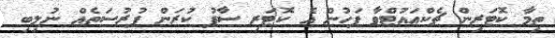
ތިމާ ކޮޓަރިން ޗެކްއައުޓްވާ ފަހުން އެ ކޮޓަރި ސާފު ކުރަން ފުރުސަތެއް ނުލިބި